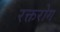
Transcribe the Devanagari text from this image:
रक्तरोग